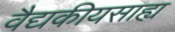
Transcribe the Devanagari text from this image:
वैद्यकीयसाह्य